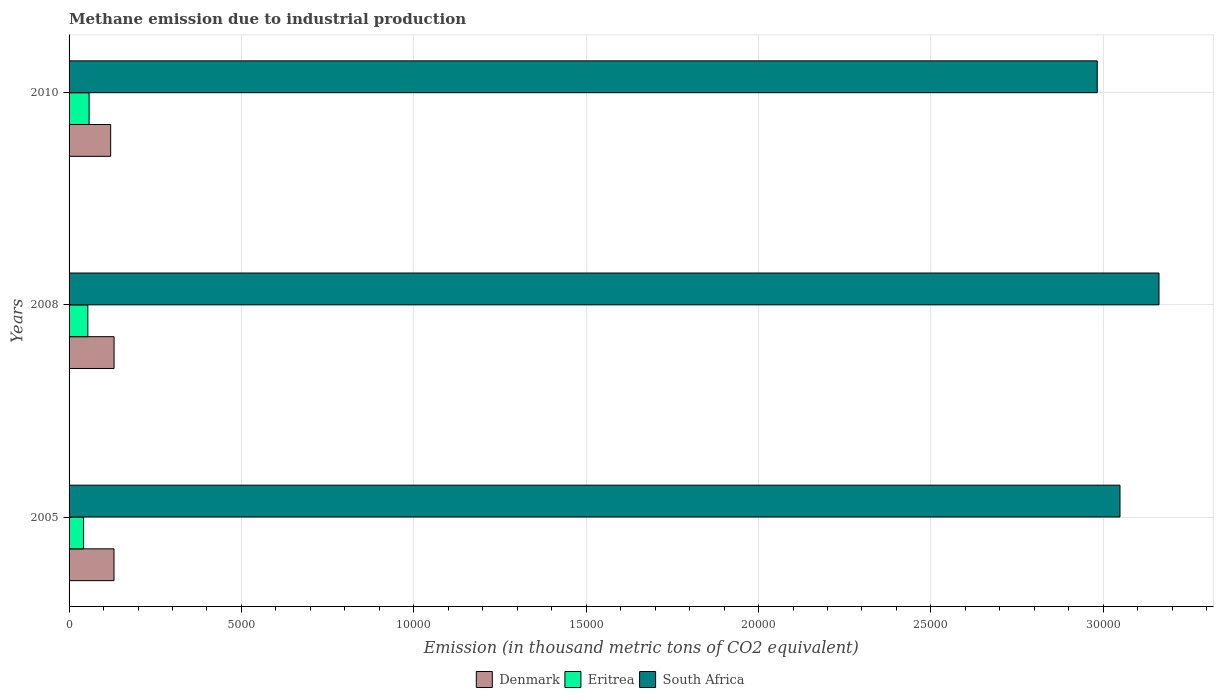
| Years | Denmark | Eritrea | South Africa |
 | --- | --- | --- | --- |
 | 2005 | 1.3e+03 | 421 | 3.05e+04 |
 | 2008 | 1.3e+03 | 544 | 3.16e+04 |
 | 2010 | 1.21e+03 | 581 | 2.98e+04 |